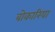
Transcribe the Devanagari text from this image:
बोकारिया